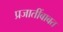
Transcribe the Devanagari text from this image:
प्रजातींबाबत